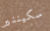
سكيننير